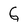
Character: G